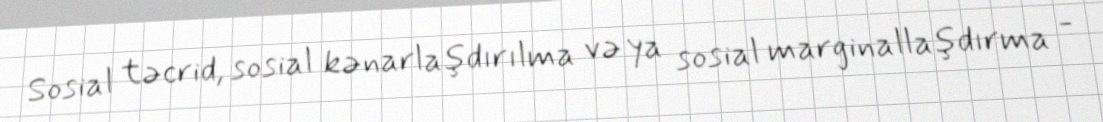
Sosial təcrid, sosial kənarlaşdırılma və ya sosial marginallaşdırma -